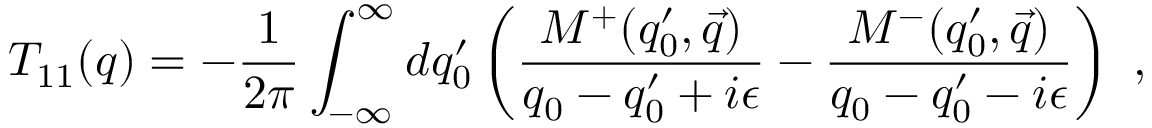
{ \cal T } _ { 1 1 } ( q ) = - \frac { 1 } { 2 \pi } \int _ { - \infty } ^ { \infty } d q _ { 0 } ^ { \prime } \left( \frac { M ^ { + } ( q _ { 0 } ^ { \prime } , \vec { q } ) } { q _ { 0 } - q _ { 0 } ^ { \prime } + i \epsilon } - \frac { M ^ { - } ( q _ { 0 } ^ { \prime } , \vec { q } ) } { q _ { 0 } - q _ { 0 } ^ { \prime } - i \epsilon } \right) ~ ,